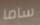
ساما